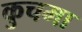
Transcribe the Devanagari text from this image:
कुचमा